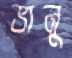
ভানু